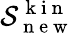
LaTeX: \mathcal{S}_{\mathrm{~n~e~w~}}^{\mathrm{~k~i~n~}}